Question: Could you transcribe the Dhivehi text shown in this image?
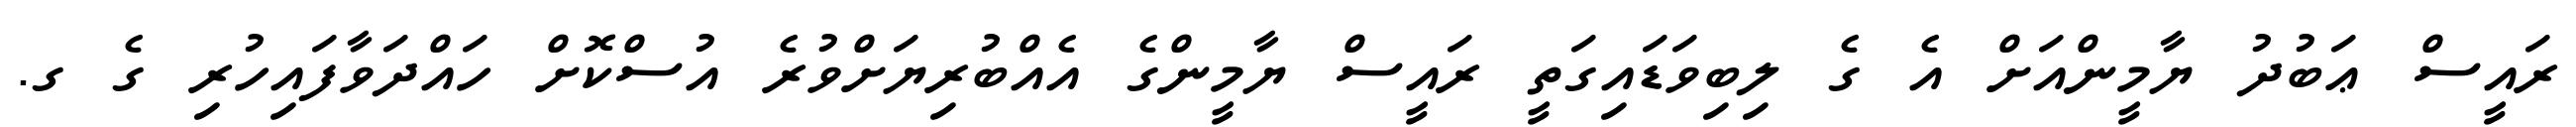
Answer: ރައީސް ޢަބުދު ޔާމީންއަށް އެ ގެ ލިބިވަޑައިގަތީ ރައީސް ޔާމީންގެ އެއްބުރިޔަށްވުރެ އުސްކޮށް ހައްދަވާފައިހުރި ގެ ގ.